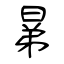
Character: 晜